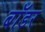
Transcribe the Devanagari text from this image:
बाॅडर